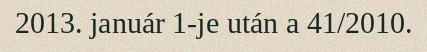
2013. január 1-je után a 41/2010.